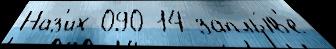
Наз'их 090 14 заплы́в'е